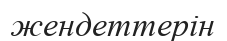
жендеттерін